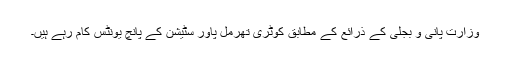
وزارت پانی و بجلی کے ذرائع کے مطابق کوٹری تھرمل پاور سٹیشن کے پانچ یونٹس کام رہے ہیں۔